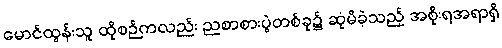
မောင်ထွန်းသူ ထိုစဉ်ကလည်း ညစာစားပွဲတစ်ခု၌ ဆုံမိခဲ့သည့် အစိုးရအရာရှိ